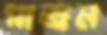
পাজল